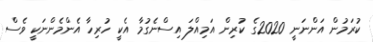
ކުރަމުން އަންނަނީ 2020ގެ ކުރިން އަމިއްލަ އިސްނެގުމާ އެކީ ހުރިހާ އެންމެންނަަަކީ ވެސް